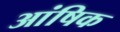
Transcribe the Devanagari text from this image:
आंषिक